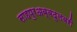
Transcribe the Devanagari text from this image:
साहपुरअब्बदुलबरी